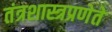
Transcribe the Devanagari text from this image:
तंत्रशास्त्रप्रणेते